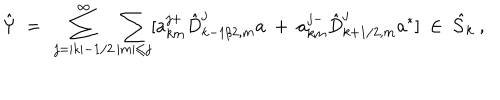
{ \hat { \Psi } } \ = \ \sum _ { j = | k | - 1 / 2 } ^ { \infty } \sum _ { | m | \le j } [ a _ { k m } ^ { j + } { \hat { D } } _ { k - 1 / 2 , m } ^ { j } a \ + \ a _ { k m } ^ { j - } { \hat { D } } _ { k + 1 / 2 , m } ^ { j } a ^ { * } ] \ \in \ { \hat { \cal S } } _ { k } \ ,